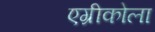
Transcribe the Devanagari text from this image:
एग्रीकोला